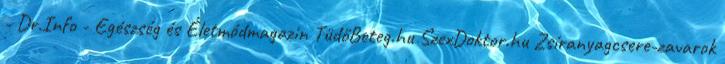
- Dr.Info - Egészség és Életmódmagazin TüdőBeteg.hu SzexDoktor.hu Zsíranyagcsere-zavarok